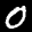
Label: 0